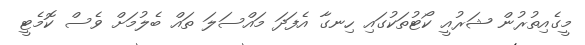
މީގެއިތުރުން ޝަރުއީ ކޯޓުތަކުގައި ހިނގާ އެފަދަ މައްސަލަ ތައް ބެލުމަށް ވެސް ކޮމެޓީ